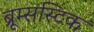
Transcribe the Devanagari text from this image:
ब्रूम्सस्टिक